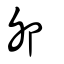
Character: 戼